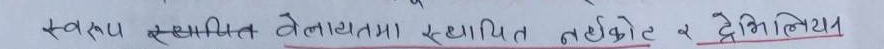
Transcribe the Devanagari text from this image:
स्वरूप स्थापित तेलायतमा स्थापित नकोटे व द्रितिथिय